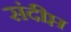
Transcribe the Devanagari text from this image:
संदीप्त